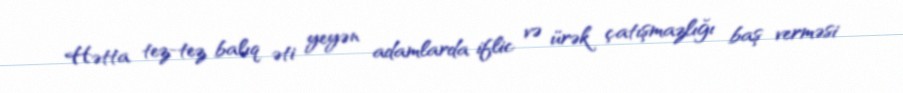
Hətta tez-tez balıq əti yeyən adamlarda iflic və ürək çatışmazlığı baş verməsi